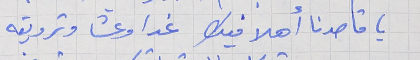
يا قاصدنا أهلا فيك غدا وعشا وترويقه